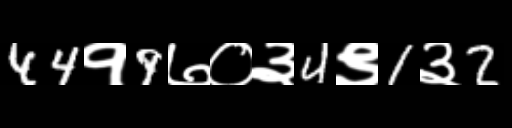
Text: 44१9७०३4९1३2